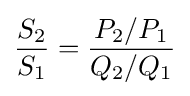
{\frac {S_{2}}{S_{1}}}={\frac {P_{2}/P_{1}}{Q_{2}/Q_{1}}}